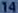
14